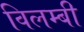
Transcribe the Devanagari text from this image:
विलम्बी